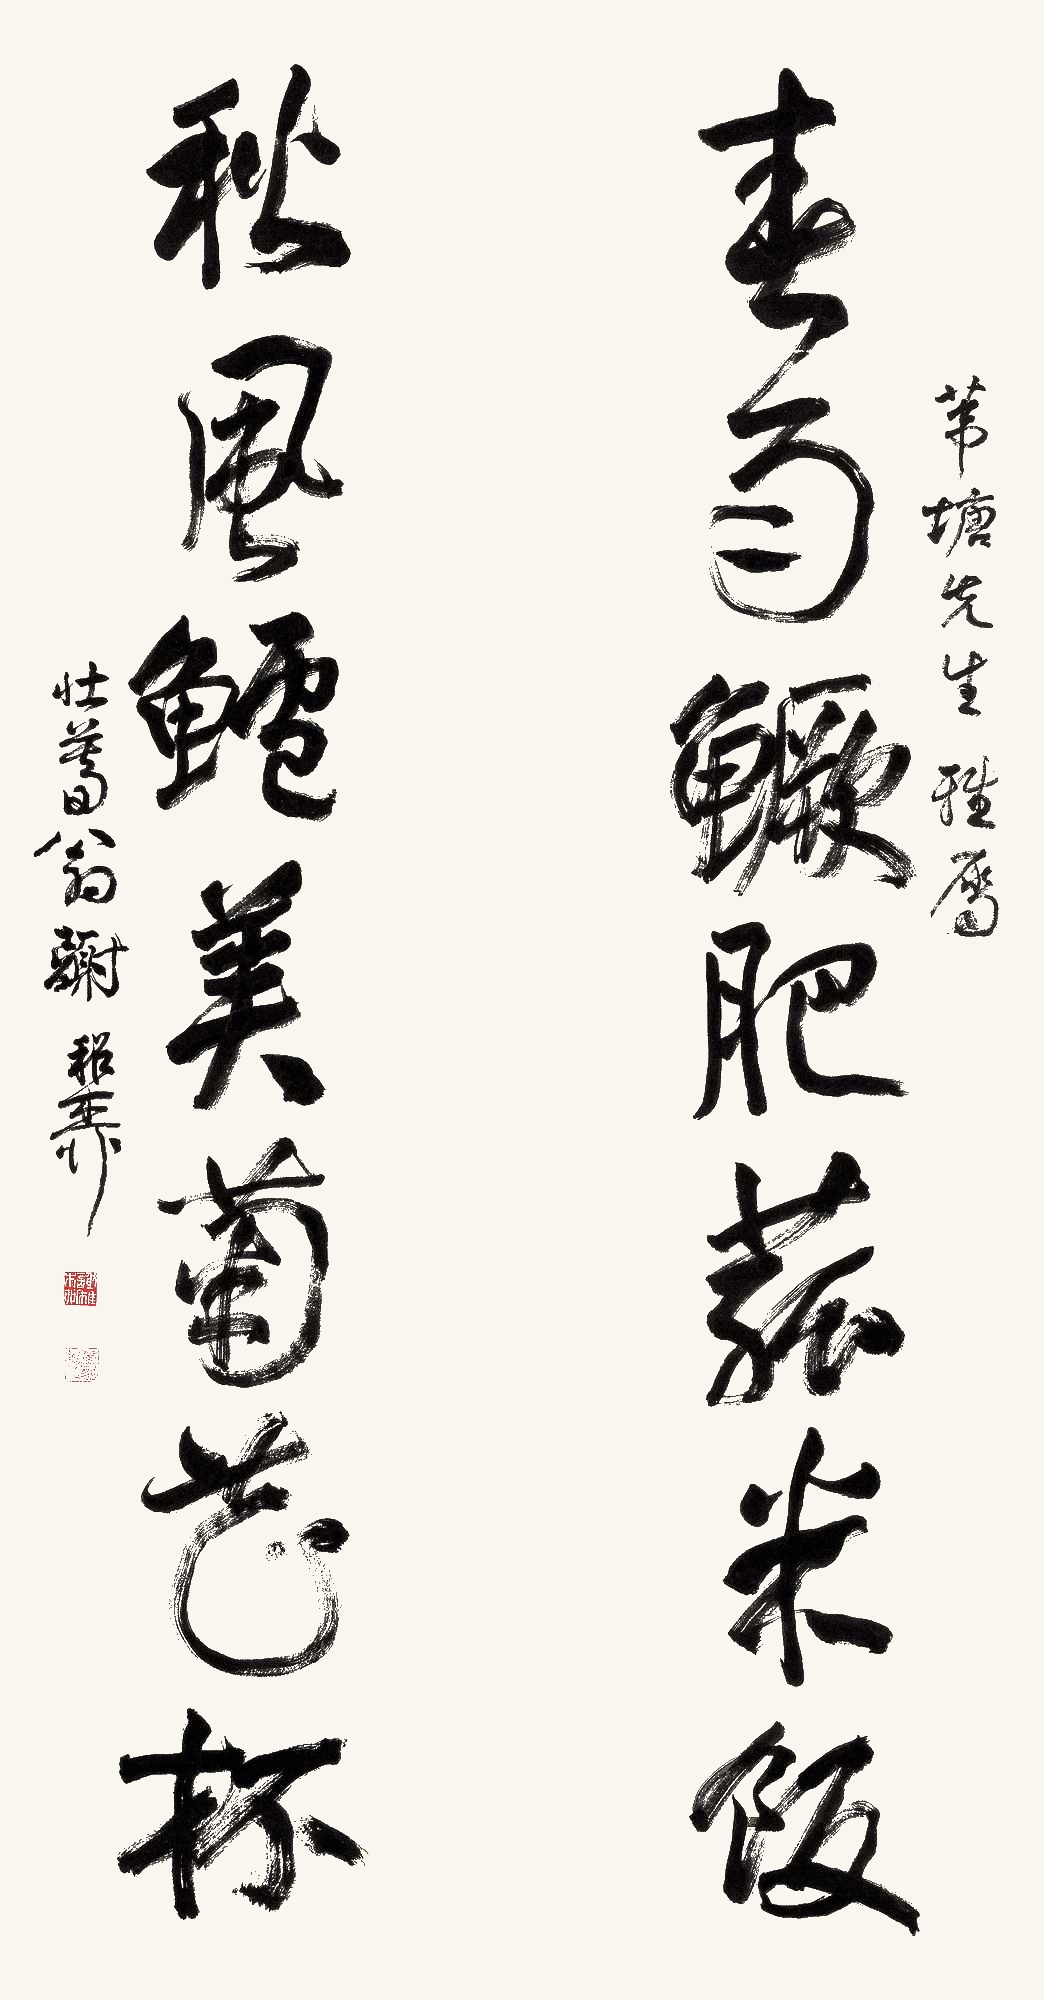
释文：春雨鳜肥菇米饭，秋风鲈美菊花杯。苇塘先生雅属，壮暮翁谢稚柳。